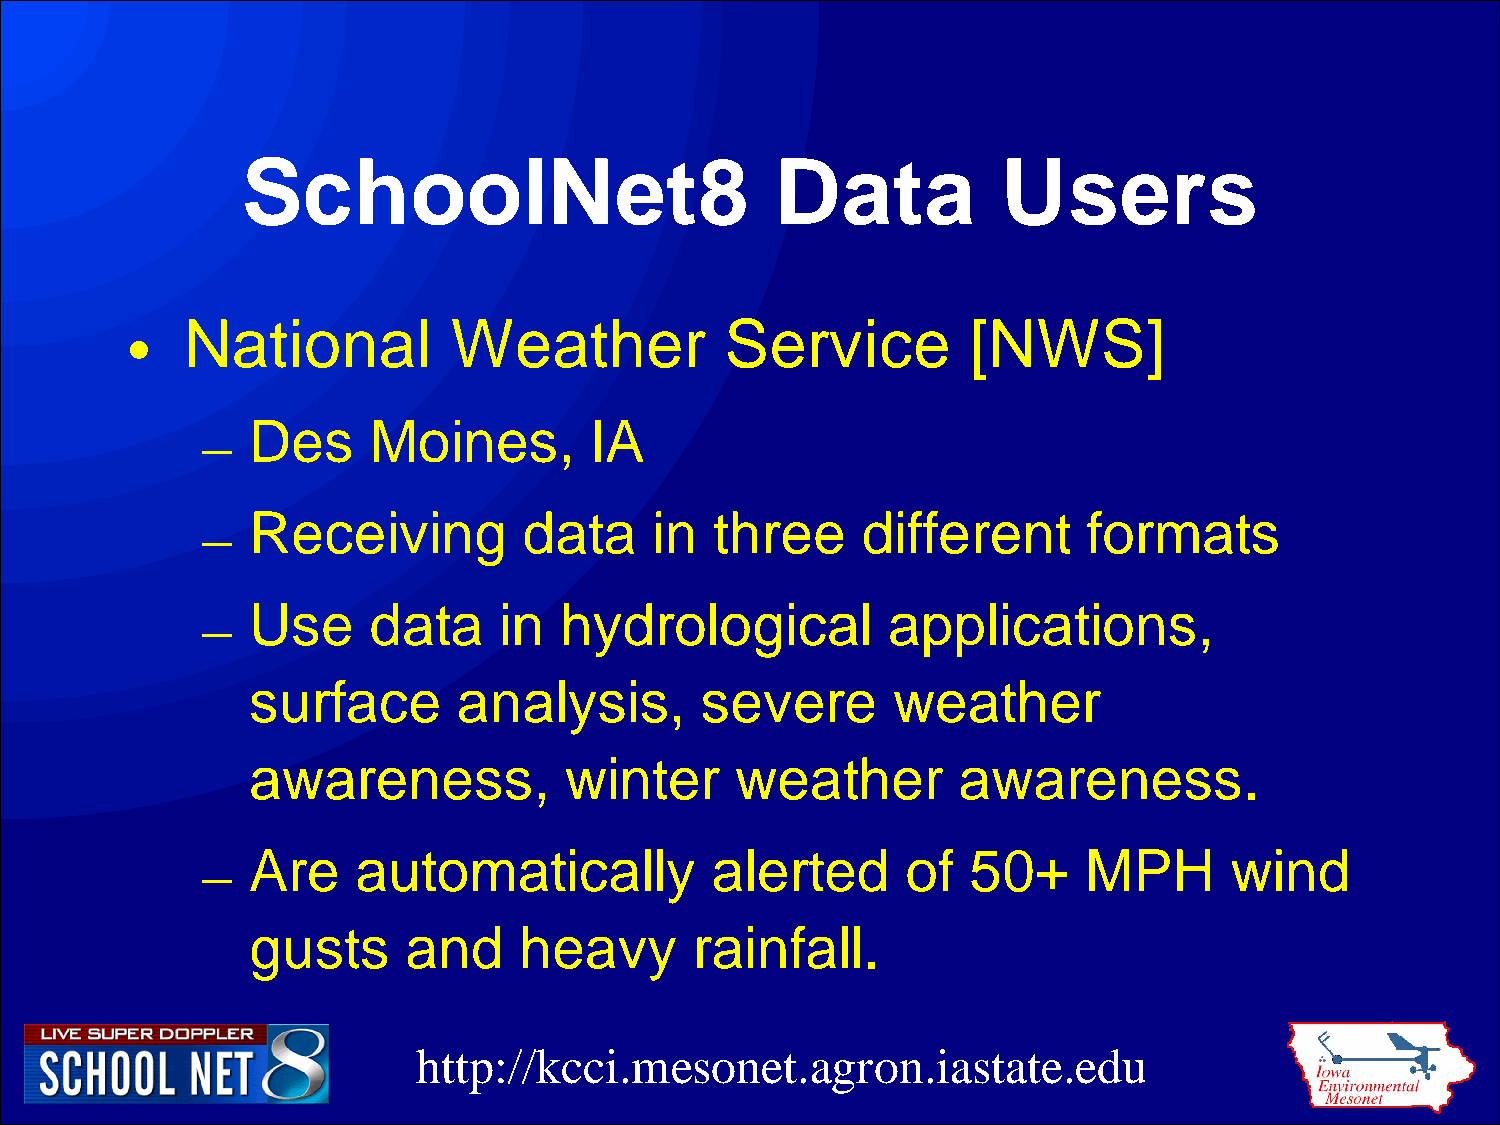
SchoolNet8                         Data           Users
 •   National          Weather           Service         [NWS]
 –  Des     Moines,        IA
 –  Receiving          data    in  three     different      formats
 –  Use     data     in  hydrological          applications,
 surface       analysis,       severe       weather
 awareness,           winter      weather       awareness.
 –  Are     automatically          alerted      of  50+     MPH      wind
 gusts      and    heavy       rainfall.
 http://kcci.mesonet.agron.iastate.edu